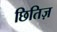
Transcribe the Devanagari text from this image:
छितिज़